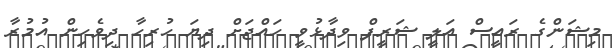
މިޝަންގެ ރައީސް އަލީ ޝަރީފް ވިދާޅުވީ ހައްޖަށް ދިޔަ ހުރިހާ ދިވެހިން އުމުރާ